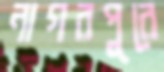
নাগরপুরে